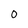
Character: O